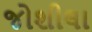
જોશીલા